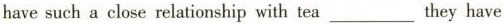
have such a close relationship with tea___they have